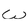
Character: W